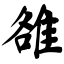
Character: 雒